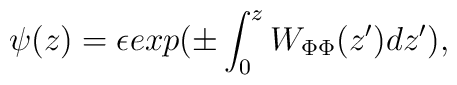
\psi(z) = \epsilon exp(\pm\int_0^z  W_{\Phi\Phi}(z')dz'),